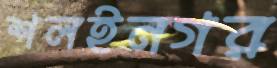
শলইনগর